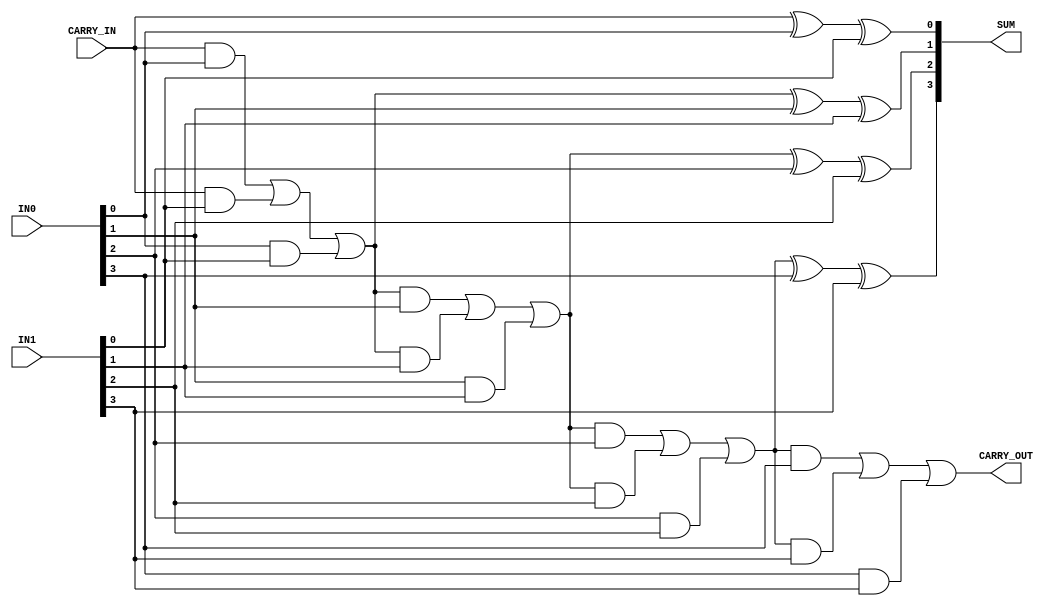
module fa_Nb #( parameter WIDTH = 4 )   (
                                        input CARRY_IN,
                                        input [WIDTH-1:0] IN0,
                                        input [WIDTH-1:0] IN1,
                                        output [WIDTH-1:0] SUM,
                                        output CARRY_OUT
                                    );

    reg [WIDTH-1:0] temp_sum;
    reg temp_carry;

    integer i = 0;

    always@(*)
    begin
        for( i = 0; i < WIDTH; i = i + 1 )
        begin
            if( i == 0 )
            begin
                temp_sum[i] = CARRY_IN ^ IN0[i] ^ IN1[i];
                temp_carry = ( CARRY_IN & IN0[i] ) | ( CARRY_IN & IN1[i] ) | ( IN0[i] & IN1[i] );
            end
            else
            begin
                temp_sum[i] = temp_carry ^ IN0[i] ^ IN1[i];
                temp_carry = ( temp_carry & IN0[i] ) | ( temp_carry & IN1[i] ) | ( IN0[i] & IN1[i] );
            end
        end
    end

    assign SUM = temp_sum;
    assign CARRY_OUT = temp_carry;

endmodule